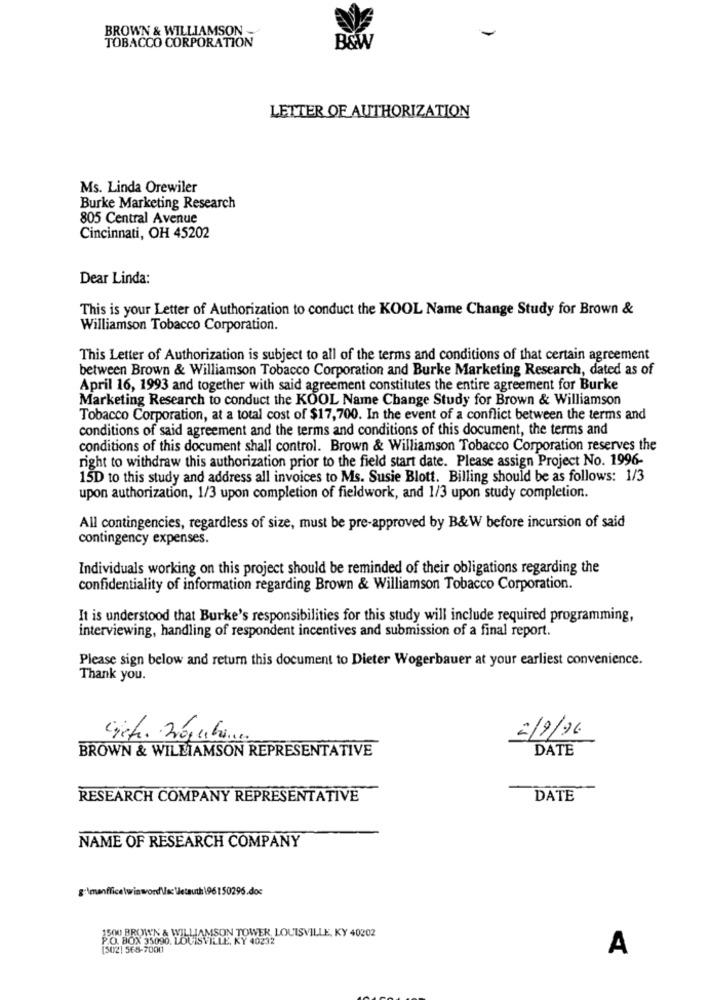
BROWN & WILLIAMSON -
TOBACCO CORPORATION
B&W
LETTER OF AUTHORIZATION
Ms. Linda Orewiler
Burke Marketing Research
805 Central Avenue
Cincinnati, OH 45202
Dear Linda:
This is your Letter of Authorization to conduct the KOOL Name Change Study for Brown &
Williamson Tobacco Corporation.
This Letter of Authorization is subject to all of the terms and conditions of that certain agreement
between Brown & Williamson Tobacco Corporation and Burke Marketing Research, dated as of
April 16, 1993 and together with said agreement constitutes the entire agreement for Burke
Marketing Research to conduct the KOOL Name Change Study for Brown & Williamson
Tobacco Corporation, at a total cost of $17,700. In the event of a conflict between the terms and
conditions of said agreement and the terms and conditions of this document, the terms and
conditions of this document shall control. Brown & Williamson Tobacco Corporation reserves the
right to withdraw this authorization prior to the field start date. Please assign Project No. 1996-
15D to this study and address all invoices to Ms. Susie Blott. Billing should be as follows: 1/3
upon authorization, 1/3 upon completion of fieldwork, and 1/3 upon study completion.
All contingencies, regardless of size, must be pre-approved by B&W before incursion of said
contingency expenses.
Individuals working on this project should be reminded of their obligations regarding the
confidentiality of information regarding Brown & Williamson Tobacco Corporation.
It is understood that Burke's responsibilities for this study will include required programming,
interviewing, handling of respondent incentives and submission of a final report.
Please sign below and return this document to Dieter Wogerbauer at your earliest convenience.
Thank you.
2/9/26
BROWN & WILLIAMSON REPRESENTATIVE
DATE
RESEARCH COMPANY REPRESENTATIVE
DATE
NAME OF RESEARCH COMPANY
g:\manffice\winword\ss \etauth\96150296.doc
P.O. BOX 35090, LOUISVILLE, KY 40232
500 BROWN & WILLIAMSON TOWER LOUISVILLE, KY 40202
(502| 568-7000
A